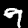
Digit: 9